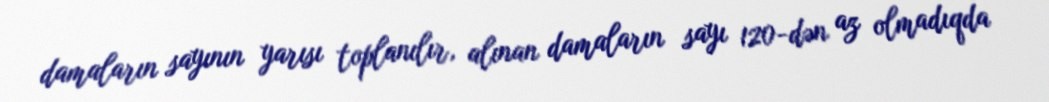
damaların sayının yarısı toplanılır, alınan damaların sayı 120-dən az olmadıqda